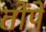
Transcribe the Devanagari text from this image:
तोंपें